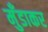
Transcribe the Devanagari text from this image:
मुँडाकर